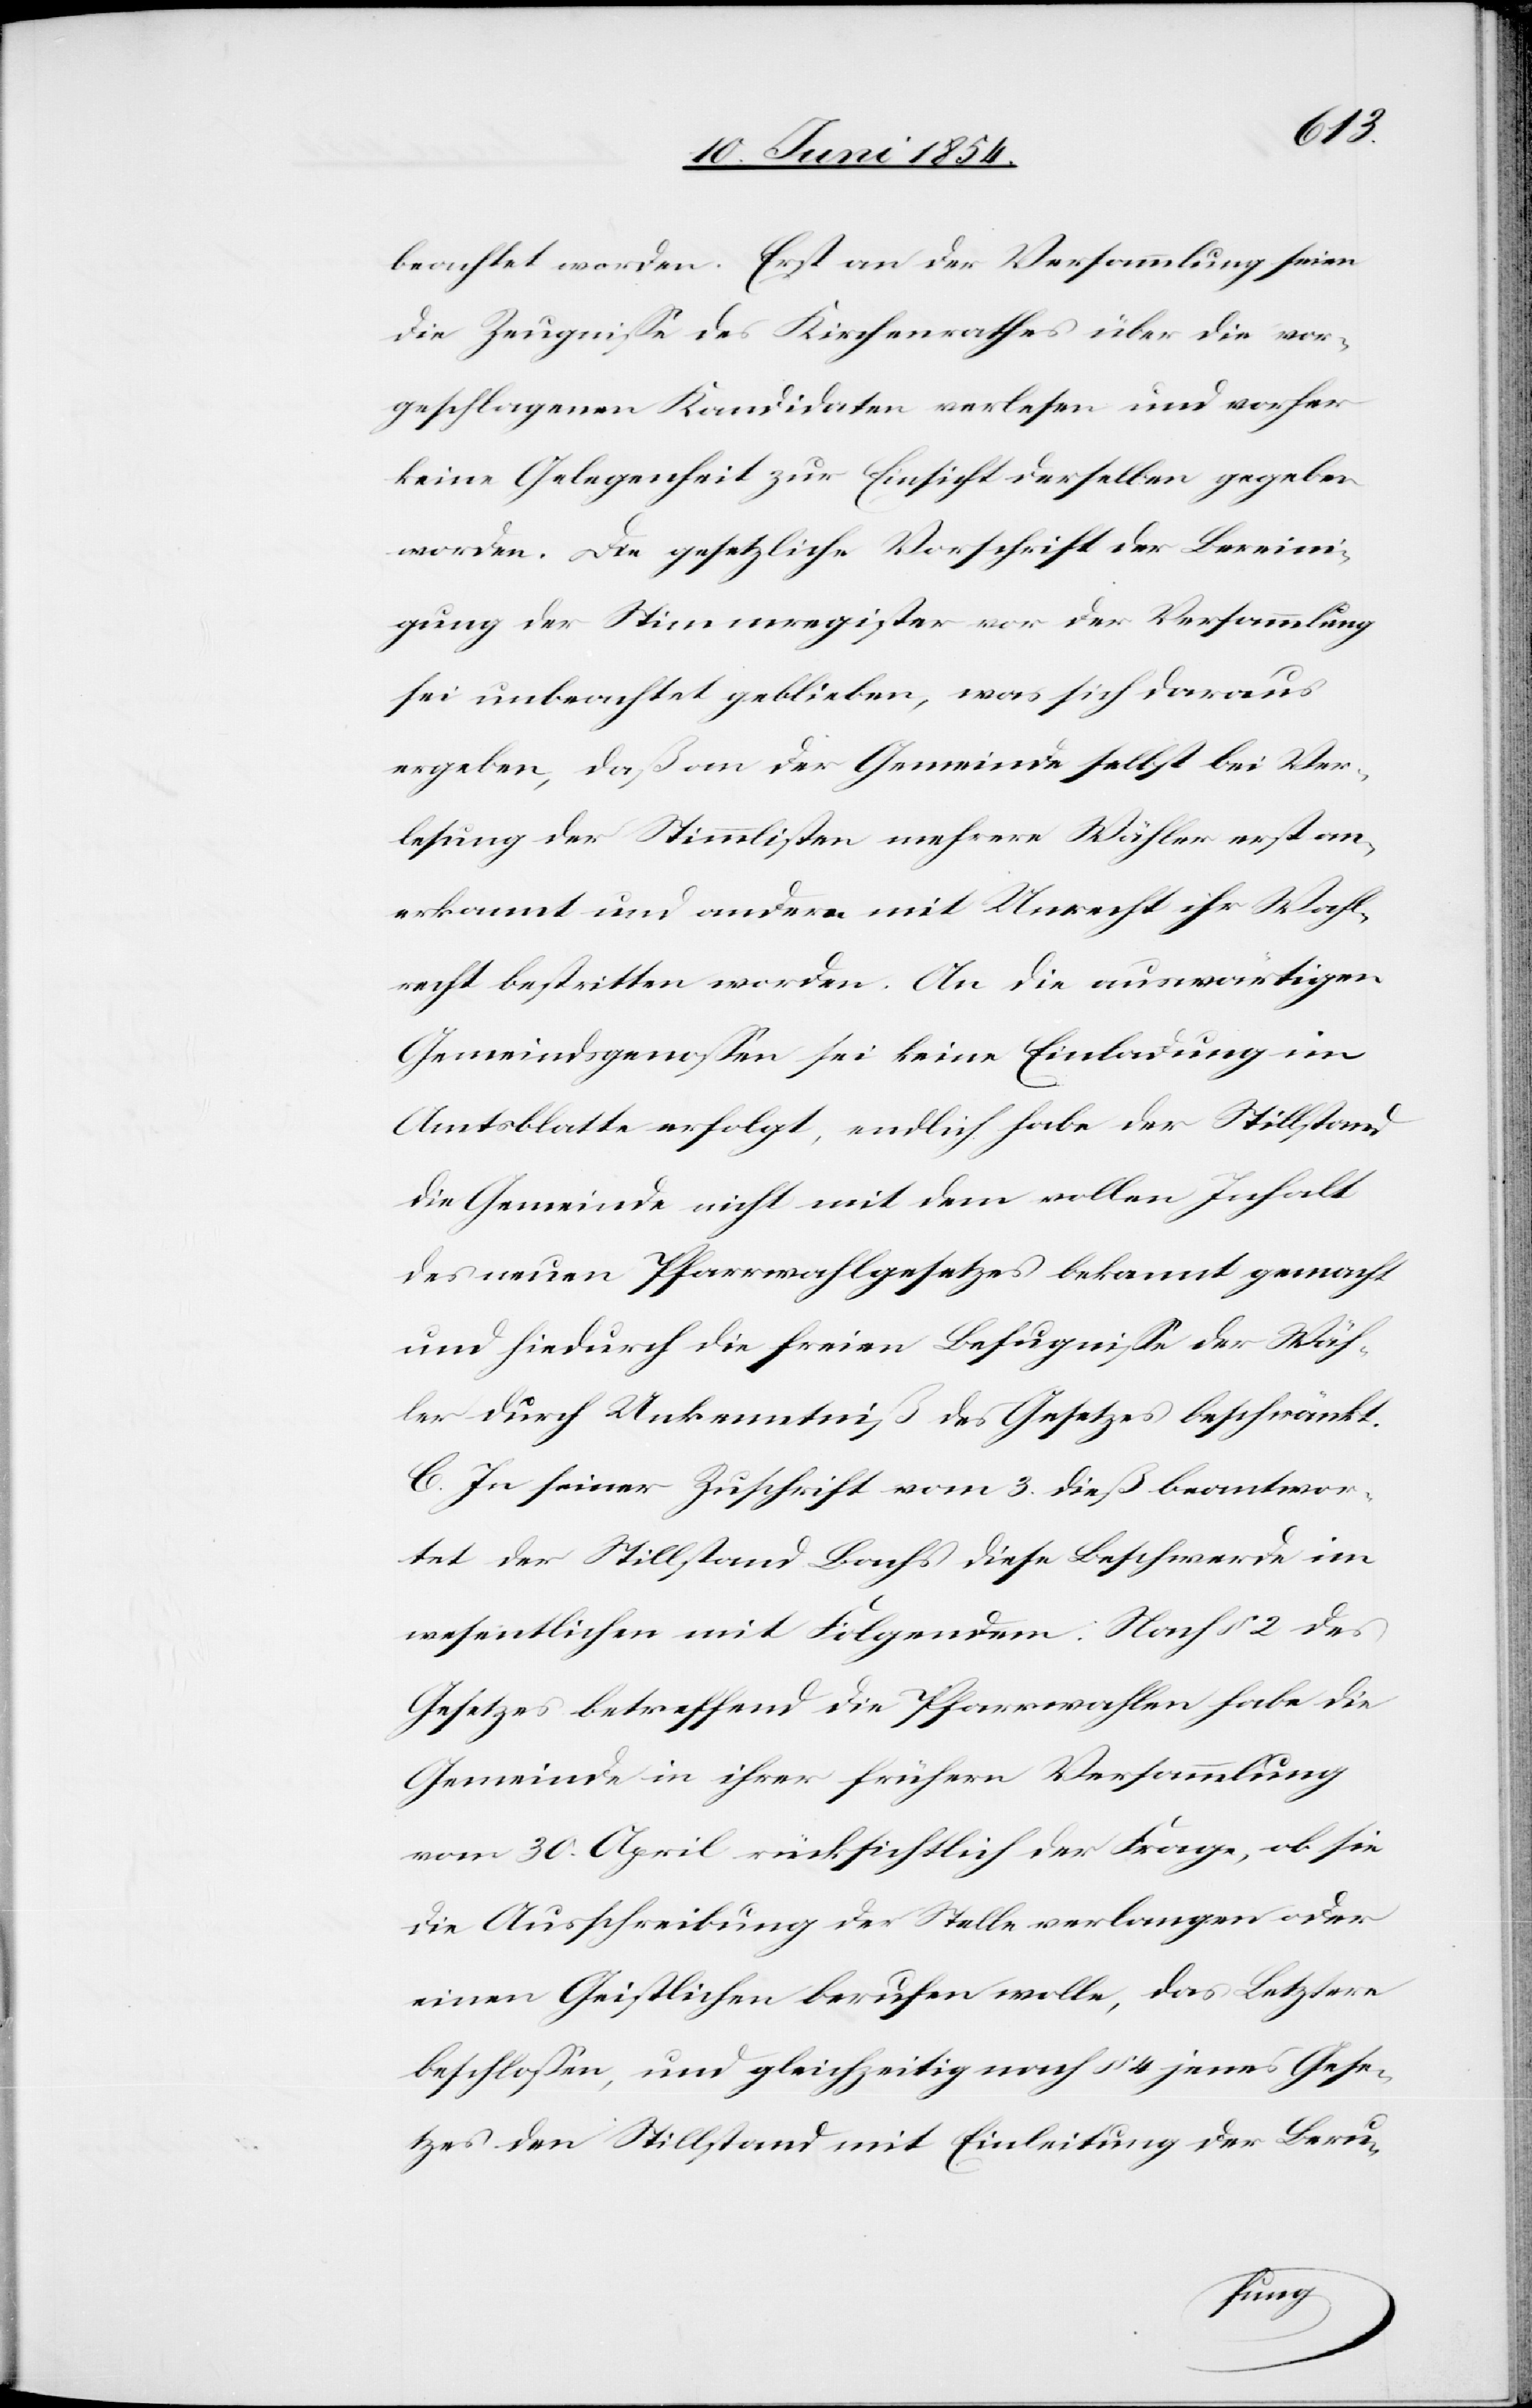
beachtet worden. Erst an der Versammlung seien
die Zeugniße des Kirchenrathes über die vor¬
geschlagenen Kandidaten verlesen und vorher
keine Gelegenheit zur Einsicht derselben gegeben
worden. Die gesetzliche Vorschrift der Bereini¬
gung des Stimmregister vor der Versammlung
sei nicht unbeachtet geblieben, was sich daraus
ergeben, daß an der Gemeinde selbst bei Ver¬
lesung der Stimmlisten mehrere Wähler erst an¬
erkannt und andern mit Unrecht ihr Wahl¬
recht bestritten worden. An die auswärtigen
Gemeindsgenoßen sei keine Einladung im
Amtsblatte erfolgt, endlich habe der Stillstand
die Gemeinde nicht mit dem vollen Inhalt
des neuen Pfarrwahlgesetzes bekannt gemacht
und hiedurch die freien Befugniße der Wäh¬
ler durch Unkenntniß des Gesetzes beschränkt.
C. In seiner Zuschrift vom 3. dieß beantwor¬
tet der Stillstand Bachs diese Beschwerde im
wesentlichen mit Folgendem: Nach § 2 des
Gesetzes betreffend die Pfarrwahlen habe die
Gemeinde in ihrer frühern Versammlung
vom 30. April rücksichtlich der Frage, ob sie
die Ausschreibung der Stelle verlangen oder
einen Geistlichen berufen wolle, das Letztere
beschloßen, und gleichzeitig nach § 4 jenes Gese¬
tzes den Stillstand mit Einleitung der Beru-